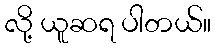
လို့ ယူဆရ ပါတယ်။